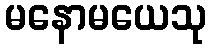
မနောမယေသု